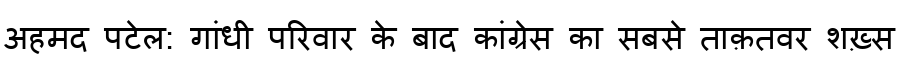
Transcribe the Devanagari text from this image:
अहमद पटेल: गांधी परिवार के बाद कांग्रेस का सबसे ताक़तवर शख़्स